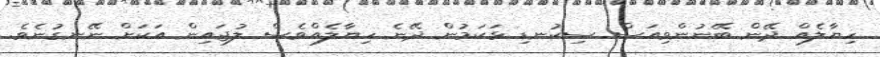
ހިޔާލެއް ދޭން ބޭނުންވިއަސް ސިކުނޑި ޅަކަމުން ދޭނެ ހިޔާލެއްވެސް ލުޖައިން އަކަށް ނޭނގުނެވެ.